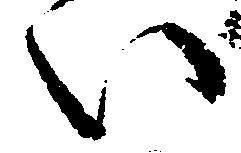
い